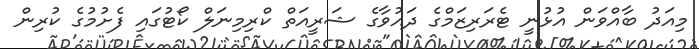
މިއަދު ބާއްވަން އުޅުނީ ޓެރަރިޒަމްގެ ދައުވާގެ ޝަރީއަތް ކްރިމިނަލް ކޯޓުގައި ފެށުމުގެ ކުރިން